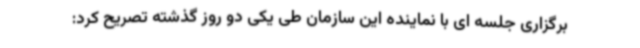
برگزاری جلسه ای با نماینده این سازمان طی یکی دو روز گذشته تصریح کرد: